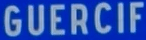
GUERCIF